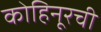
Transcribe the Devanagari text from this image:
कोहिनूरची